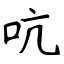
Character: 吭